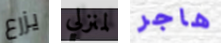
يزرع لمنزلي هاجر